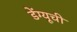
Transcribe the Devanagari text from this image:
डेंग्यूची